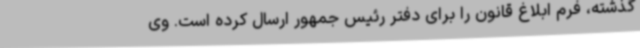
گذشته، فرم ابلاغ قانون را برای دفتر رئیس جمهور ارسال کرده است.‌ وی